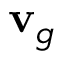
{ \mathbf { v } } _ { g }